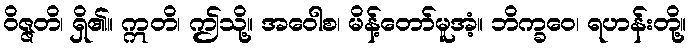
ဝိဇ္ဇတိ၊ ရှိ၏။ ဣတိ၊ ဤသို့။ အဝေါစ၊ မိန့်တော်မူအံ့။ ဘိက္ခဝေ၊ ရဟန်းတို့။